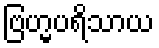
ဗြဟ္မပရိသာယ